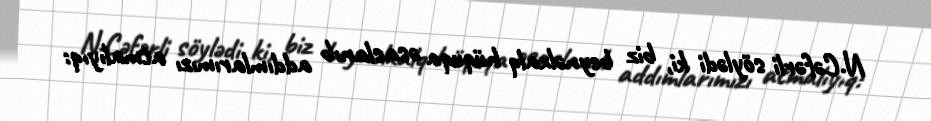
N.Cəfərli söylədi ki, biz beynəlxalq hüquqa əsaslanıb addımlarımızı atmalıyıq: